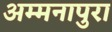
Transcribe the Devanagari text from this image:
अम्मनापुरा